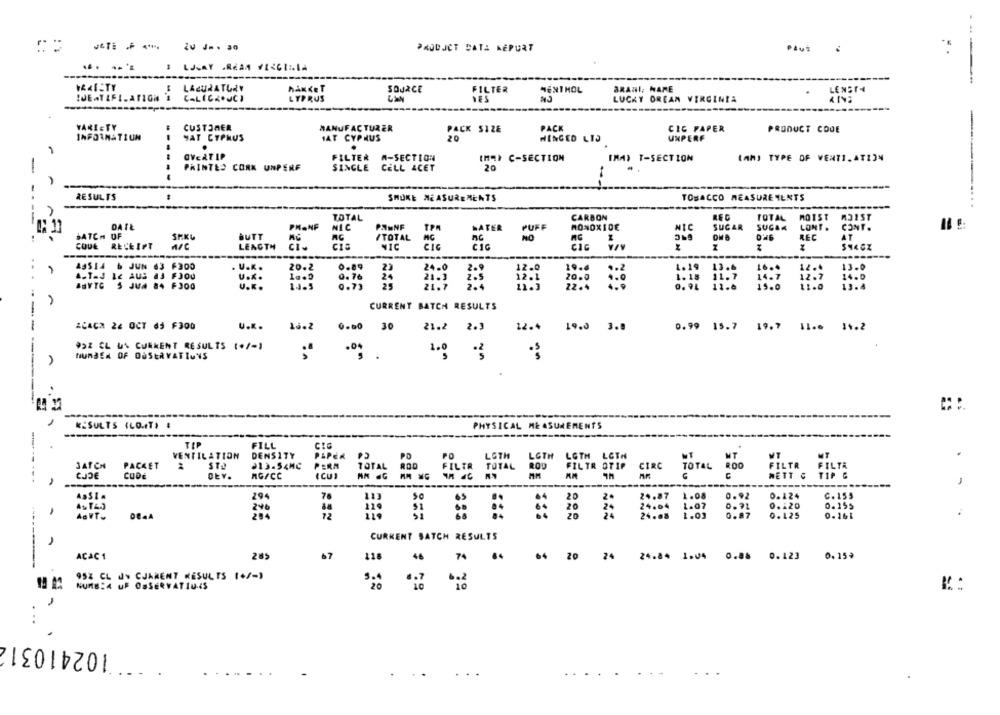
PRODUCT DATA MĚPURT
Plus :
... .. .
1 LJGAY .REAA V1<6ILA
----
----
LACURATURY
HAKKET
SOURCE
FILTER
MENTHOL
BRANI; NARE
LENSTH
CALICKOUCI
LYPRUS
LUCKY DREAM VIRGINIA
VARIETY
CUSTOMER
MANUFACTURER
PACK SIZE
PACK
CIC PAPER
PRODUCT CODE
INFORMATIUN
YAT CYPRUS
HAT CYPRUS
20
HINGED LIJ
UXPERF
.
OVERTIP
FILTER A-SECTION
IMAI C-SECTION
IMAX T-SECTION
(AM) TYPE OF VENTILATION
-----
-
PRINTED CORK UNPERF
SINGLE CELL ACET
20
RESULTS
SHURE MEASUREMENTS
TOBACCO MEASURE MENTS
TOTAL
CARBON
REC
TOTAL
MOIST
M31ST
DATE
PHANF
NIC
PANNE
TPA
MATER
PUFF
MONOXIDE
NIC
SUGAR
SUGAR
LONT .
CONT.
BATCH OF
SRKG
BUTT
/TOTAL
AC
NO
REC
AT
CODE
RECEIPT
LENGTH
CIC
CIC
CIG
$14CZ
1. 19
13.0
43514 6 JUN 63
F300
. U.K.
20.2
0.89
23
24.0
12.0
12
AsTad Le AUS AJ FJOU
U.K.
1a.D
14.0
JUN
FJO0
U.K.
14-5
0.76
21.7
12. 1
20.0
14.7
12. 7
13.4
CURRENT BATCH RESULTS
-
&CACA 24 OCT 65 F300
U.K.
30
21.2 2.3
12.4
1900
3.8
0.99 15.7 19.7 11.6 14.2
992 CL UN CURRENT RESULTS (+/-1
NUMBER OF DUSERVATIONS
RESULTS (LO.IT. :
PHYSICAL MEASUREMENTS
TIP
FILL
VENTILATION
DENSITY
PIPER
PO
LGTH
LOTH
LGTH
LGTH
MT
BATCH
PACKET
≥13.54MC
PERA
TOTAL
ROD
FILTR OTIP
MT.
TOTAL ROD FILTR
CIRC
TOTAL
ROO
FILTR
FILTA
CODE
DEY.
nG/CC
(CU)
NETT C
TIP &
---
,
AsSia
294
113
20
24
24.87
1.08
0.92
0.124
C. 155
24.04 1.07
0. 91
0.120
0.155
AGVT.
12
--
24.08
1.03
0.87
0.125
0.161
0844
CURRENT SATCH RESULTS
ACAC1
285
67
118
46 74
64 20
24
24.84 1.04 0.88 0.123 0.15*
952 CL J CJAMENT RESULTS (+/-)
5.4
. . 7
NUME:4 UF OSSERVATIUIS
20
6: 2
102410312